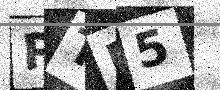
Text: PTP5